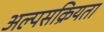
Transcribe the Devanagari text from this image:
अल्पसक्रियता